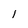
Character: l